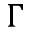
\Gamma